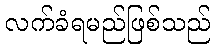
လက်ခံရမည်ဖြစ်သည်